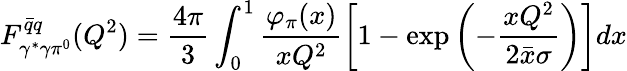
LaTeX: F_{\gamma^{*}\gamma\pi^{0}}^{\bar{q}q}(Q^{2})=\frac{4\pi}{3}\int_{0}^{1}\frac{\varphi_{\pi}(x)}{xQ^{2}}\left[1-\exp\left(-\frac{xQ^{2}}{2\bar{x}\sigma}\right)\right]dx